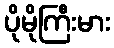
ပိုမိုကြီးမား